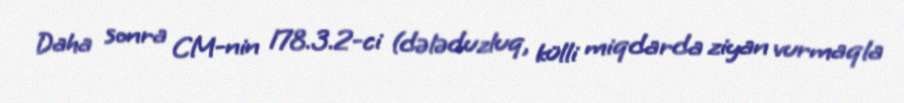
Daha sonra CM-nin 178.3.2-ci (dələduzluq, külli miqdarda ziyan vurmaqla